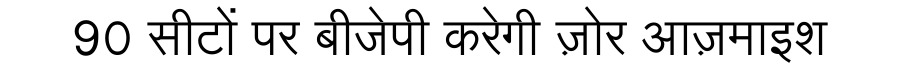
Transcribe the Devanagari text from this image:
90 सीटों पर बीजेपी करेगी ज़ोर आज़माइश